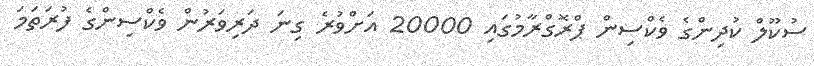
ސުކޫލް ކުދިންގެ ވެކްސިން ޕްރޮގްރާމުގައި 20000 އަށްވުރެ ގިނަ ދަރިވަރުން ވެކްސިންގެ ފުރަތަމަ